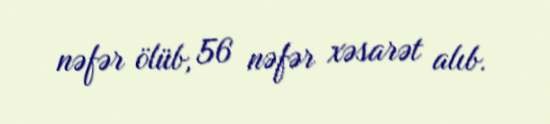
nəfər ölüb, 56 nəfər xəsarət alıb.